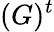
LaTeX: (G)^{t}